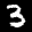
Label: 3